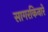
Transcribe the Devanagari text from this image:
सागरकिनारे